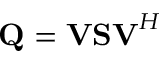
\mathbf { Q } = \mathbf { V S V } ^ { H }